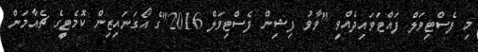
މި ފެސްޓިވަލް ފައްޓަވައިދެއްވީ "ވާވު ފިޝިން ފެސްޓިވަލް 2016"ގެ އޯގަނައިޒިން ކޮމެޓީގެ ޗެއާމަން